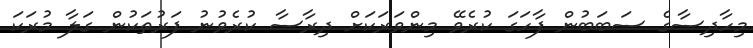
މިހާދިސާގެ ސަބަބުން ފާހަގަ ކުރެވޭ މިންވަރަކަށް ދިރާސާ ކުރެވުނު ފަރުތަކުން ގަލާ މުރަކަ